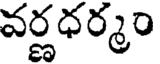
వర్ణధర్మం